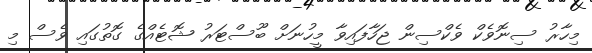
މިހާރު ސިނޮވެކް ވެކްސިން ޖަހާފައިވާ މީހުނަށް ބޫސްޓަރު ޝޮޓެއްގެ ގޮތުގައި ވެސް މި